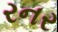
રનર